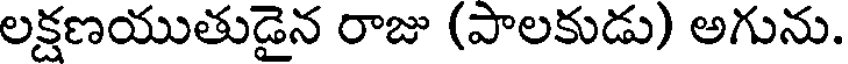
లక్షణయుతుడైన రాజు (పాలకుడు) అగును.